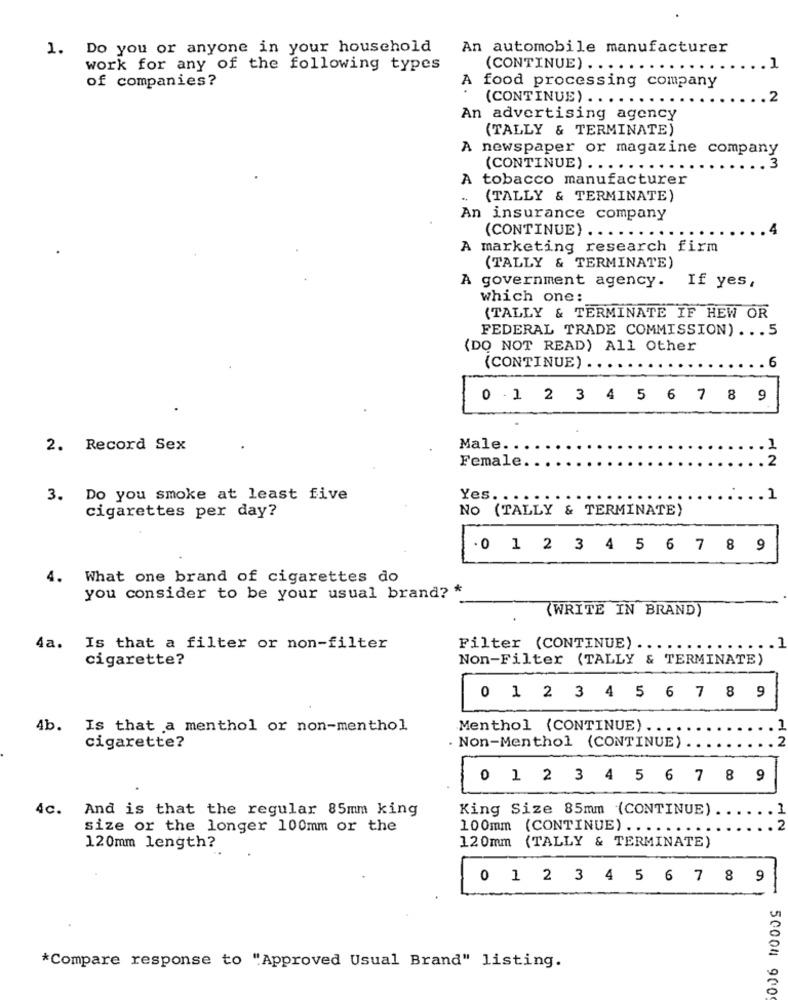
1. Do you or anyone in your household
An automobile manufacturer
work for any of the following types
(CONTINUE) ...
of companies?
A food processing company
(CONTINUE) ....
2
An advertising agency
(TALLY & TERMINATE)
A newspaper or magazine company
(CONTINUE) ...
A tobacco manufacturer
(TALLY & TERMINATE)
An insurance company
(CONTINUE) .....
A marketing research firm
(TALLY & TERMINATE)
A government agency.
If yes,
which one:
(TALLY & TERMINATE IF HEW OR
FEDERAL TRADE COMMISSION) ... 5
(DO NOT READ) All Other
6
(CONTINUE) .
0 -1 2 3 4 5 6 7 8 9
2. Record Sex
Male ..
1
Female ..
2
3. Do you smoke at least five
Yes. . .. ..
NO (TALLY & TERMINATE)
cigarettes per day?
. 0 1 2 3 4 5 6 7 8 9
4.
What one brand of cigarettes do
you consider to be your usual brand? *
(WRITE IN BRAND)
4a.
Is that a filter or non-filter
Filter (CONTINUE) ..
cigarette?
Non-Filter (TALLY & TERMINATE)
0 1 2 3 4 5 6 7 8 9
4b. Is that a menthol or non-menthol
Menthol (CONTINUE) ...
AN
cigarette?
. Non-Menthol (CONTINUE).
0 1 2 3 4 5 6 7 8 9
4c. And is that the regular 85mm king
King Size 85mm (CONTINUE).
size or the longer 100mm or the
100mm (CONTINUE) ......
120mm length?
120mm (TALLY & TERMINATE)
0 1 2 3 4 5 6 7 8 9
-
*Compare response to "Approved Usual Brand" listing.
50004 900